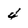
Character: 4